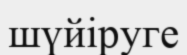
шүйіруге